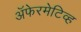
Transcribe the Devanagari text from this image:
अॅफेरमेटिव्ह